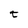
Character: t